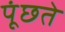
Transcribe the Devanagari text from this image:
पूंछते